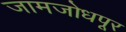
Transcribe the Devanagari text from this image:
जामजोधपूर